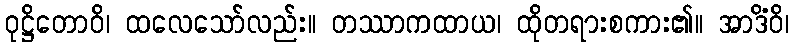
ဝုဋ္ဌိတောဝိ၊ ထလေသော်လည်း။ တဿာကထာယ၊ ထိုတရားစကား၏။ အာဒိံဝိ၊